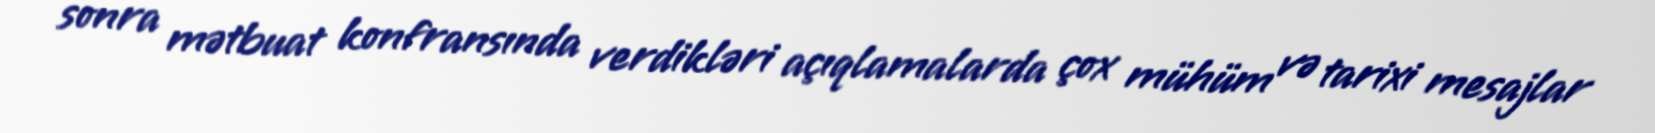
sonra mətbuat konfransında verdikləri açıqlamalarda çox mühüm və tarixi mesajlar